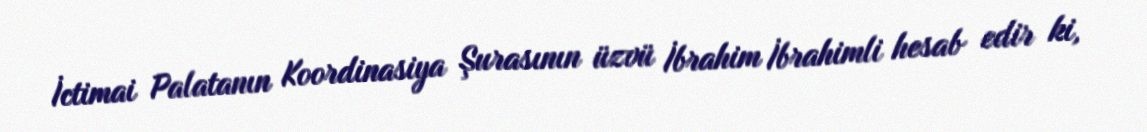
İctimai Palatanın Koordinasiya Şurasının üzvü İbrahim İbrahimli hesab edir ki,